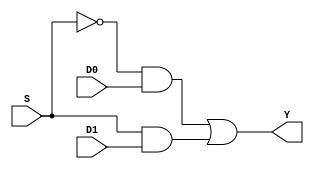
`timescale 1ns / 1ps


module mux21(
    input S,
    input D0,
    input D1,
    output Y
    );

    assign Y = (!S & D0) | (S & D1);

endmodule